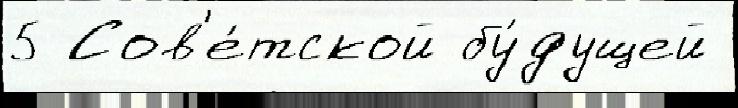
5 Сов'е́тской бу́дущей